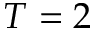
T = 2